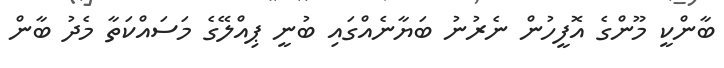
ބާންކީ މޫންގެ އޮފީހުން ނެރުނު ބަޔާނެއްގައި ބުނީ ޕިއްލޭގެ މަސައްކަތާ މެދު ބާން